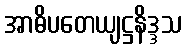
အာဓိပတေယျဋ္ဌနိဒ္ဒသ